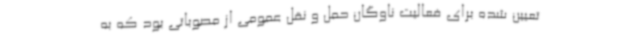
تعیین شده برای فعالیت ناوگان حمل و نقل عمومی از مصوباتی بود که به